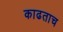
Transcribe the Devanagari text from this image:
काढताच